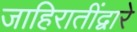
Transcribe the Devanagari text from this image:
जाहिरातींद्वारे